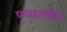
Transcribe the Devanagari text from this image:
पृच्छाशील